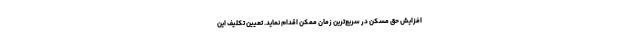
افزایش حق مسکن در سریع‌ترین زمان ممکن اقدام نماید. تعیین تکلیف این